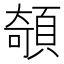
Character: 䫑